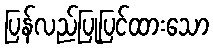
ပြန်လည်ပြုပြင်ထားသော